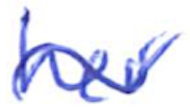
Text: her
Cross-out: wave
Writing tool: ballpoint